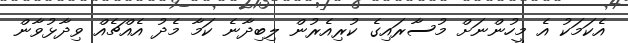
އެކަމަކު އެ މީހުންނަށް މުސާރައިގެ ކުރިއެރުން ލިބިދާނެ ކަމާ މެދު އެއްޗެއް ވިދާޅުވާން